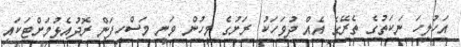
އަހުލިހަ ނަކަތުގެ ތެރޭގެ އެއް ދުވަހަކު ރަށުގެ މީހުން ވަނީ މަސްހިފަން ރޮދުއެޅުމަށްޓަކައި